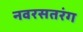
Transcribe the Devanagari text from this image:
नवरसतरंग